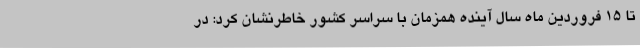
تا 15 فروردین ماه سال آینده همزمان با سراسر کشور خاطرنشان کرد: در